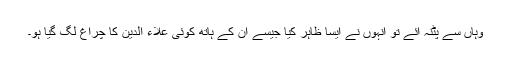
وہاں سے پٹنہ آئے تو انہوں نے ایسا ظاہر کیا جیسے ان کے ہاتھ کوئی علاء الدین کا چراغ لگ گیا ہو۔